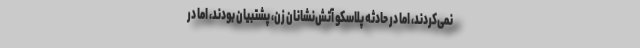
نمی‌کردند، اما در حادثه پلاسکو آتش‌نشانان زن، پشتبیان بودند، اما در